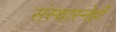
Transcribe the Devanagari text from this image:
संस्थास्नेही